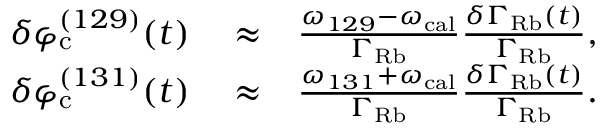
\begin{array} { r l r } { \delta \varphi _ { \mathrm { c } } ^ { ( 1 2 9 ) } ( t ) } & { { } \approx } & { \frac { \omega _ { 1 2 9 } - \omega _ { \mathrm { c a l } } } { \Gamma _ { \mathrm { R b } } } \frac { \delta \Gamma _ { \mathrm { R b } } ( t ) } { \Gamma _ { \mathrm { R b } } } , } \\ { \delta \varphi _ { \mathrm { c } } ^ { ( 1 3 1 ) } ( t ) } & { { } \approx } & { \frac { \omega _ { 1 3 1 } + \omega _ { \mathrm { c a l } } } { \Gamma _ { \mathrm { R b } } } \frac { \delta \Gamma _ { \mathrm { R b } } ( t ) } { \Gamma _ { \mathrm { R b } } } . } \end{array}